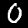
Digit: 0